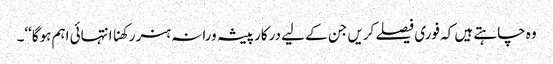
وہ چاہتے ہیں کہ فوری فیصلے کریں جن کے لیے درکار پیشہ ورانہ ہنر رکھنا انتہائی اہم ہوگا‘‘۔